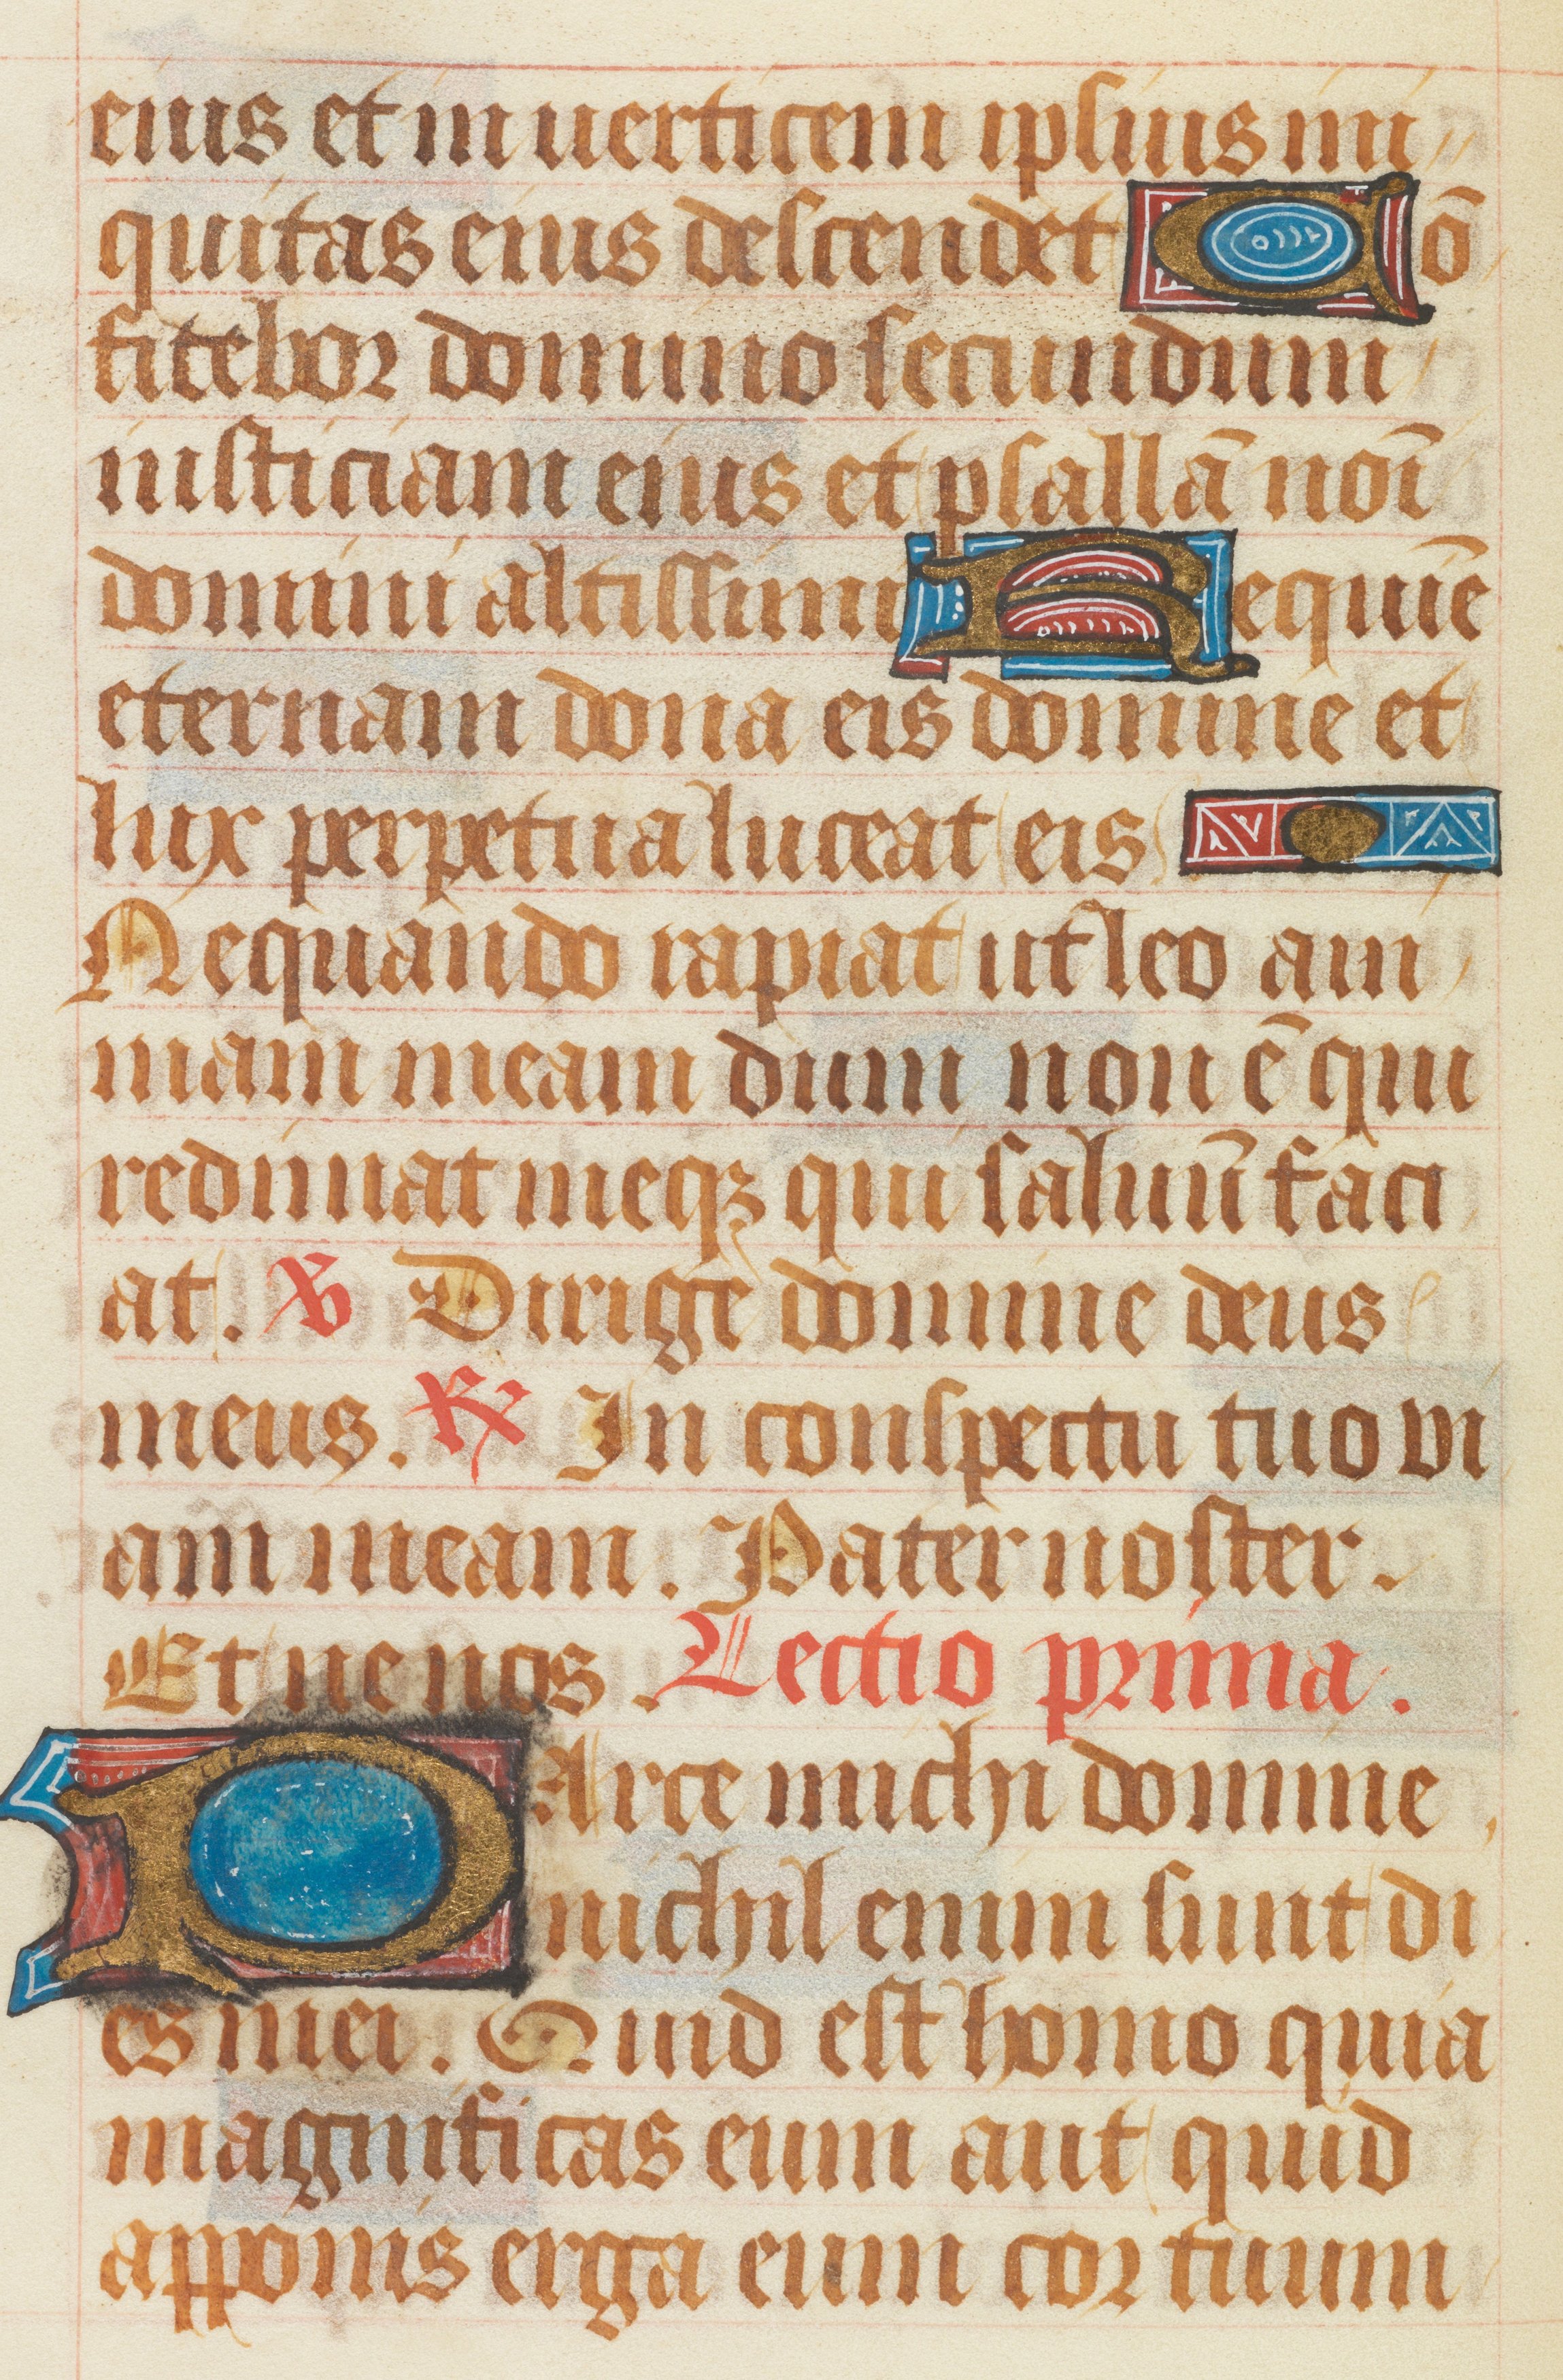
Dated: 1511–1520